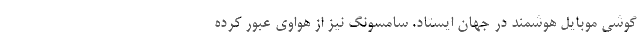
گوشی موبایل هوشمند در جهان ایستاد. سامسونگ نیز از هواوی عبور کرده